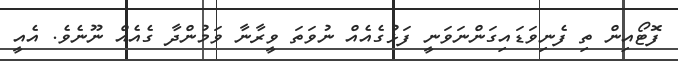
ފޮޓޯއިން ތި ފެނިވަޑައިގަންނަވަނީ ފަޅުގެއެއް ނުވަތަ ވީރާނާ ވަމުންދާ ގެއެއް ނޫނެވެ. އެއީ